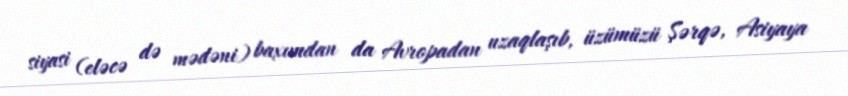
siyasi (eləcə də mədəni) baxımdan da Avropadan uzaqlaşıb, üzümüzü Şərqə, Asiyaya